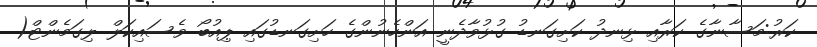
ކަރު:މަސާނާގެ ކަރާއި ޅިނދު ކަށިގަނޑު ގުޅުވާދެނީ އަންހެނުންގެ ހަށިގަނޑުގައި ޕިއުބޯ ވެސައިކަލް ލިގަމެންޓް(